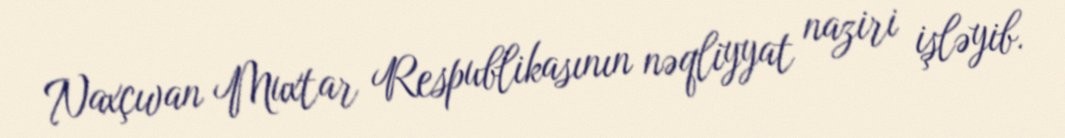
Naxçıvan Muxtar Respublikasının nəqliyyat naziri işləyib.